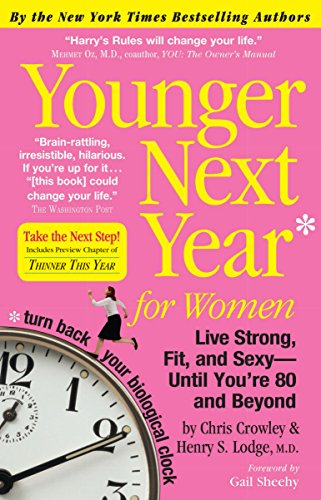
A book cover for Younger Next Year for Women: Live Strong, Fit, and Sexy - Until You're 80 and Beyond; Chris Crowley; Health, Fitness & Dieting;